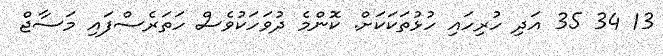
13 34 35 އަދި ހުރިހައި ހުޅުތަކަކަށް. ކޮންމެ ދުވަހަކުވެސް ހަތަރެސްފައި މަސާޖް